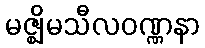
မဇ္ဈိမသီလဝဏ္ဏနာ